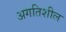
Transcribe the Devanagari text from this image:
अगतिशील